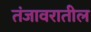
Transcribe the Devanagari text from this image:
तंजावरातील